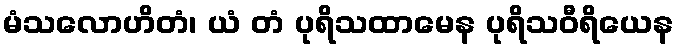
မံသလောဟိတံ၊ ယံ တံ ပုရိသထာမေန ပုရိသဝီရိယေန